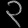
Digit: ၃